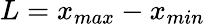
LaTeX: L=x_{max}-x_{min}